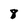
Character: 8